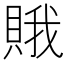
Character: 𧶕